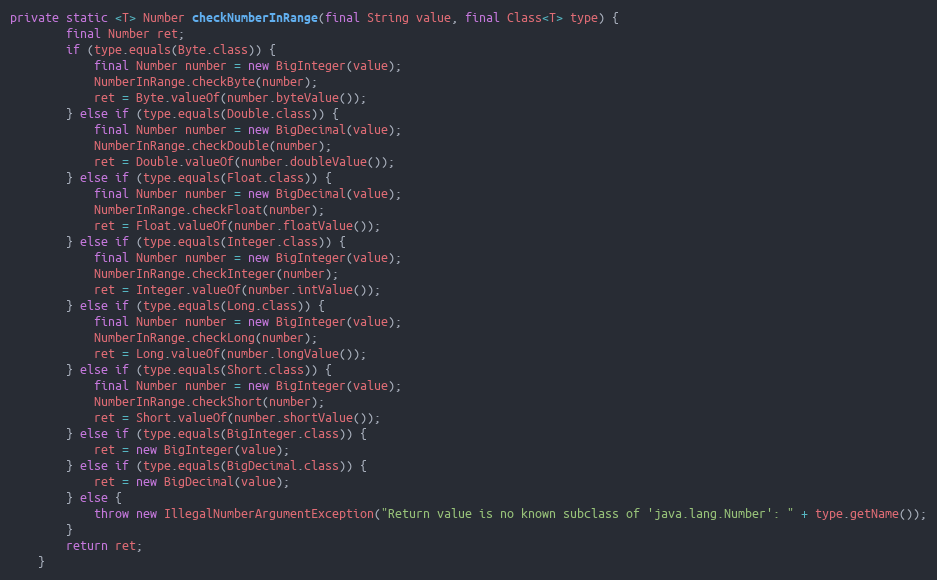
Language: Java
private static <T> Number checkNumberInRange(final String value, final Class<T> type) {
		final Number ret;
		if (type.equals(Byte.class)) {
			final Number number = new BigInteger(value);
			NumberInRange.checkByte(number);
			ret = Byte.valueOf(number.byteValue());
		} else if (type.equals(Double.class)) {
			final Number number = new BigDecimal(value);
			NumberInRange.checkDouble(number);
			ret = Double.valueOf(number.doubleValue());
		} else if (type.equals(Float.class)) {
			final Number number = new BigDecimal(value);
			NumberInRange.checkFloat(number);
			ret = Float.valueOf(number.floatValue());
		} else if (type.equals(Integer.class)) {
			final Number number = new BigInteger(value);
			NumberInRange.checkInteger(number);
			ret = Integer.valueOf(number.intValue());
		} else if (type.equals(Long.class)) {
			final Number number = new BigInteger(value);
			NumberInRange.checkLong(number);
			ret = Long.valueOf(number.longValue());
		} else if (type.equals(Short.class)) {
			final Number number = new BigInteger(value);
			NumberInRange.checkShort(number);
			ret = Short.valueOf(number.shortValue());
		} else if (type.equals(BigInteger.class)) {
			ret = new BigInteger(value);
		} else if (type.equals(BigDecimal.class)) {
			ret = new BigDecimal(value);
		} else {
			throw new IllegalNumberArgumentException("Return value is no known subclass of 'java.lang.Number': " + type.getName());
		}
		return ret;
	}